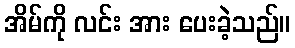
အိမ်ကို လင်း အား ပေးခဲ့သည်။